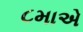
૮માએ